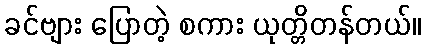
ခင်ဗျား ပြောတဲ့ စကား ယုတ္တိတန်တယ်။